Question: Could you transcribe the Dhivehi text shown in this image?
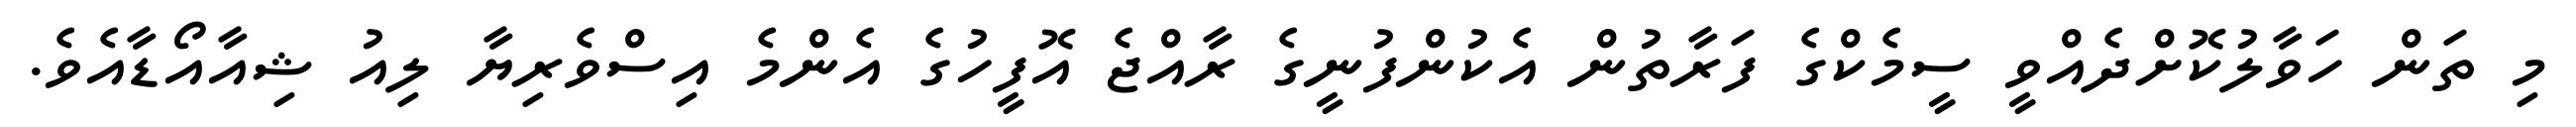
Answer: މި ތަން ހަވާލުކޮށްދެއްވީ ސީމެކްގެ ފަރާތުން އެކުންފުނީގެ ރާއްޖެ އޮފީހުގެ އެންމެ އިސްވެރިޔާ ލިއު ޝިއާއޯޑާއެވެ.